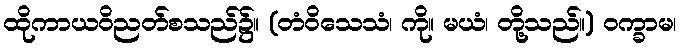
ထိုကာယဝိညတ်စသည်၌။ (တံဝိသေသံ၊ ကို။ မယံ၊ တို့သည်။) ဝက္ခာမ၊